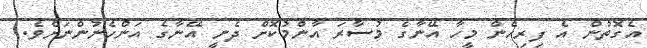
އެގޮތުން އެ ފިރިހެން މީހާ އޭނާގެ މުސާރަ އާންމުކޮށް ދެނީ އޭނާގެ އަންހެނުންނަށެވެ.